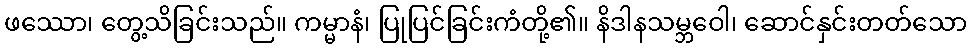
ဖဿော၊ တွေ့သိခြင်းသည်။ ကမ္မာနံ၊ ပြုပြင်ခြင်းကံတို့၏။ နိဒါနသမ္ဘဝေါ၊ ဆောင်နှင်းတတ်သော